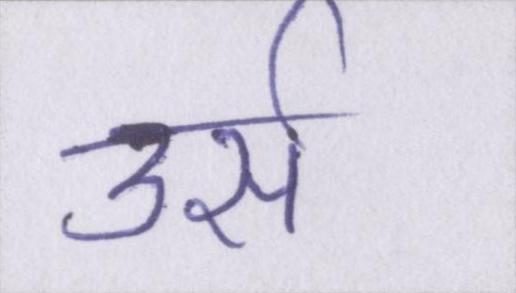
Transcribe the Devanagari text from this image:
उर्स